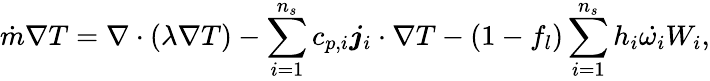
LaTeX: \dot{m}\nabla T=\nabla\cdot(\lambda\nabla T)-\sum_{i=1}^{n_{s}}c_{p,i}\boldsymbol{j}_{i}\cdot\nabla{T}-(1-f_{l})\sum_{i=1}^{n_{s}}h_{i}\dot{\omega_{i}}W_{i},